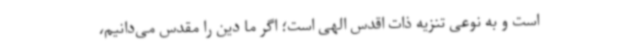
است و به نوعی تنزیه ذات اقدس الهی است؛ اگر ما دین را مقدس می‌دانیم،